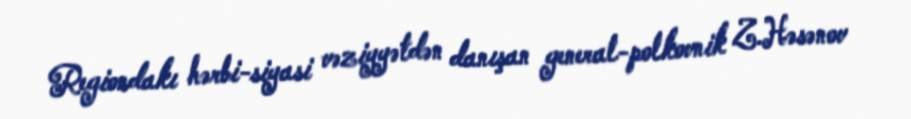
Regiondakı hərbi-siyasi vəziyyətdən danışan general-polkovnik Z.Həsənov